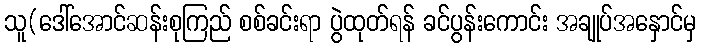
သူ(ဒေါ်အောင်ဆန်းစုကြည် စစ်ခင်းရာ ပွဲထုတ်ရန် ခင်ပွန်းကောင်း အချုပ်အနှောင်မှ